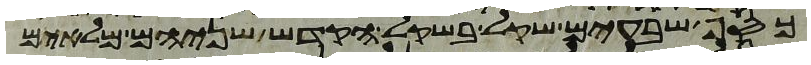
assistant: כסף שבעים שקל בשקל הקדש שניהם מלאים